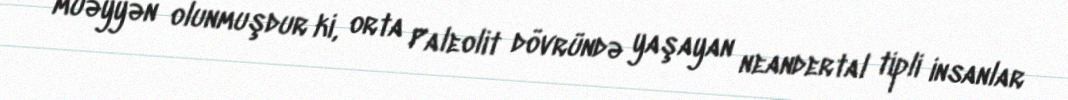
müəyyən olunmuşdur ki, orta Paleolit dövründə yaşayan neandertal tipli insanlar